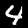
Label: 4